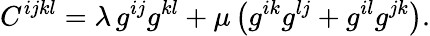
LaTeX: C^{ijkl}=\lambda\, g^{ij}g^{kl}+\mu\left(g^{ik}g^{lj}+g^{il}g^{jk}\right).